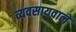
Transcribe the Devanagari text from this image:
व्यवसायवाले